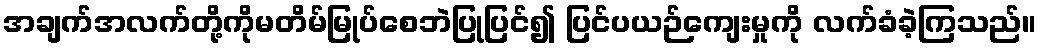
အချက်အလက်တို့ကိုမတိမ်မြုပ်စေဘဲပြုပြင်၍ ပြင်ပယဉ်ကျေးမှုကို လက်ခံခဲ့ကြသည်။